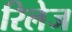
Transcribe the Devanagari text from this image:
रिलेज